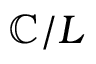
\mathbb { C } / L